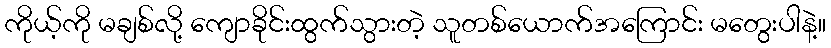
ကိုယ့်ကို မချစ်လို့ ကျောခိုင်းထွက်သွားတဲ့ သူတစ်ယောက်အကြောင်း မတွေးပါနဲ့။